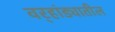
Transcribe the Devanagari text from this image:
वर्‍हांड्यातील